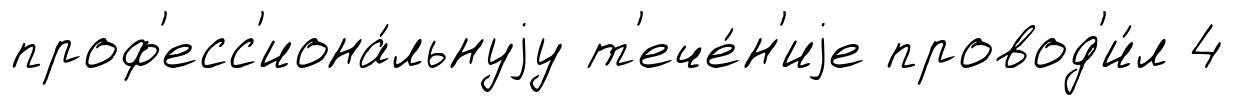
проф'есс'иона́льнуjу т'ече́н'иjе провод'и́л 4